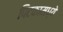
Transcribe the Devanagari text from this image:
पिटकामध्ये